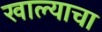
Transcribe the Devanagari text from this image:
खाल्याचा